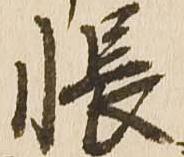
帳